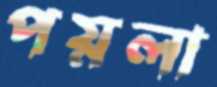
পয়লা